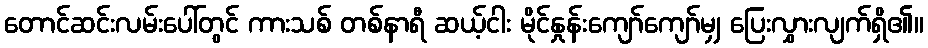
တောင်ဆင်းလမ်းပေါ်တွင် ကားသစ် တစ်နာရီ ဆယ့်ငါး မိုင်နှုန်းကျော်ကျော်မျှ ပြေးလွှားလျက်ရှိ၏။